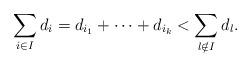
LaTeX: \begin{align*}\sum_{i\in I}d_i=d_{i_1}+\dots + d_{i_k} < \sum_{l\notin I}d_l. \end{align*}